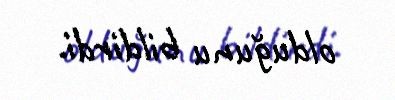
olduğunu bildirdi.